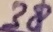
Text: 38